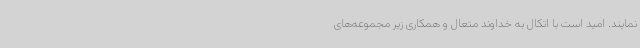
نمایند. امید است با اتکال به خداوند متعال و همکاری زیر مجموعه‌های